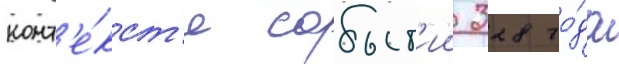
конт'е́кст'е событ'ии 328 го́да